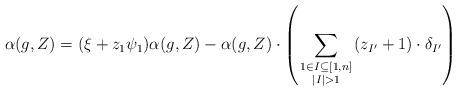
LaTeX: \begin{align*} \alpha(g,Z)=(\xi+z_1\psi_1)\alpha(g,Z) - \alpha(g,Z) \cdot\left(\sum_{\begin{smallmatrix} 1\in I\subseteq[1,n] \\ |I|>1 \end{smallmatrix}}(z_{I'}+1)\cdot \delta_{I'}\right) \end{align*}